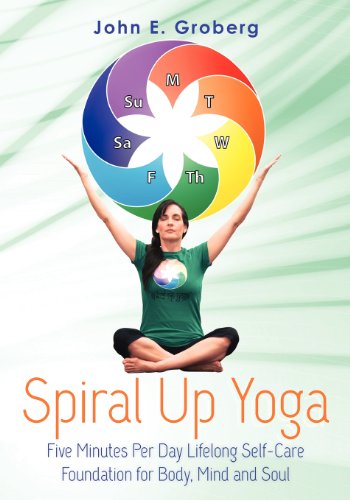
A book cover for Spiral Up Yoga: Five Minutes Per Day Lifelong Self-Care Foundation for Body, Mind and Soul; John E. Groberg; Health, Fitness & Dieting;